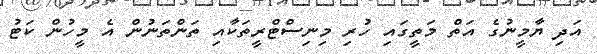
އަދި ޔާމީނުގެ އަތް މަތީގައި ހުރި މިނިސްޓްރީތަކާއި ތަންތަނުން އެ މީހުން ކަޓު